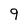
Character: 9